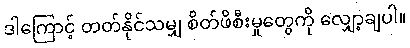
ဒါကြောင့် တတ်နိုင်သမျှ စိတ်ဖိစီးမှုတွေကို လျှော့ချပါ။